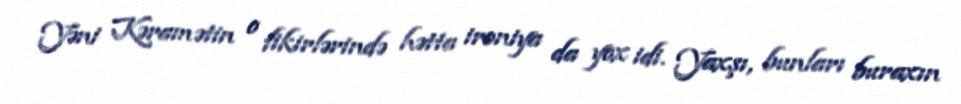
Yəni Kəramətin o fikirlərində hətta ironiya da yox idi. Yaxşı, bunları buraxın